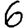
Digit: 6